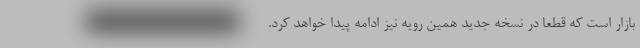
بازار است که قطعا در نسخه جدید همین رویه نیز ادامه پیدا خواهد کرد.